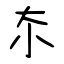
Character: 夵